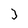
Character: 3